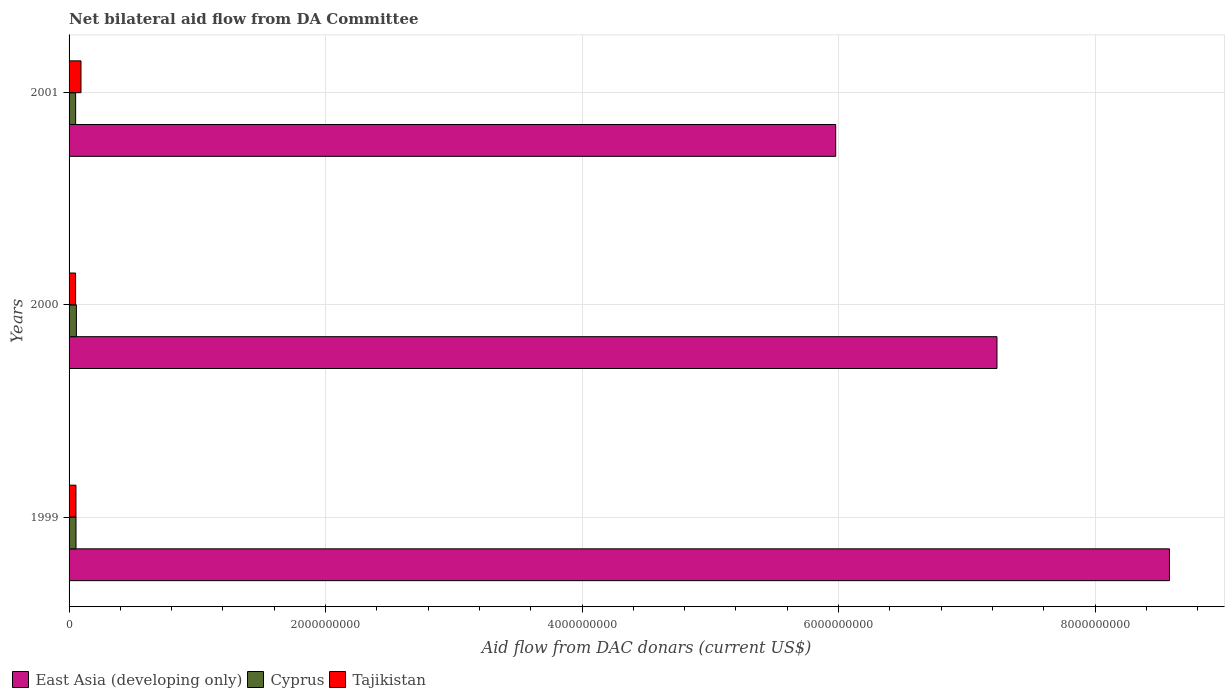
| Years | East Asia (developing only) | Cyprus | Tajikistan |
 | --- | --- | --- | --- |
 | 1999 | 8.58e+09 | 5.41e+07 | 5.38e+07 |
 | 2000 | 7.24e+09 | 5.70e+07 | 5.08e+07 |
 | 2001 | 5.98e+09 | 5.11e+07 | 9.29e+07 |